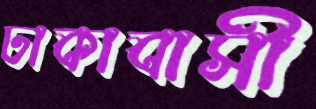
ঢাকাবাসী